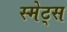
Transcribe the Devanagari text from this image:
स्मेट्स